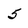
Character: 5